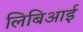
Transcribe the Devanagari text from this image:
लिबिआई